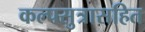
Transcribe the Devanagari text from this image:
कल्पसुत्रासहित